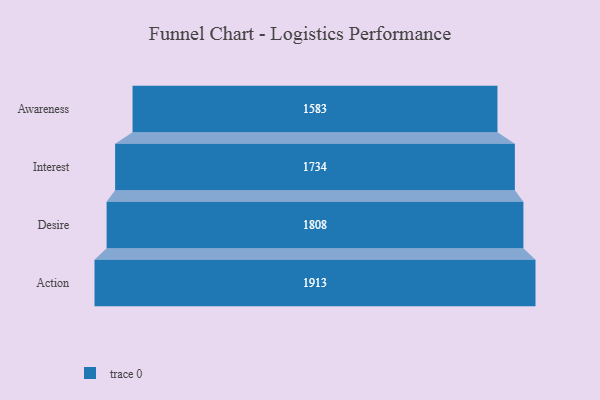
{"axis": {"x": "Stage", "y": "Value"}, "legend": [""], "data": [{"x": "Awareness", "y": 1583.0, "type": ""}, {"x": "Interest", "y": 1734.0, "type": ""}, {"x": "Desire", "y": 1808.0, "type": ""}, {"x": "Action", "y": 1913.0, "type": ""}]}